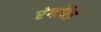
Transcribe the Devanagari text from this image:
रंगचित्रे